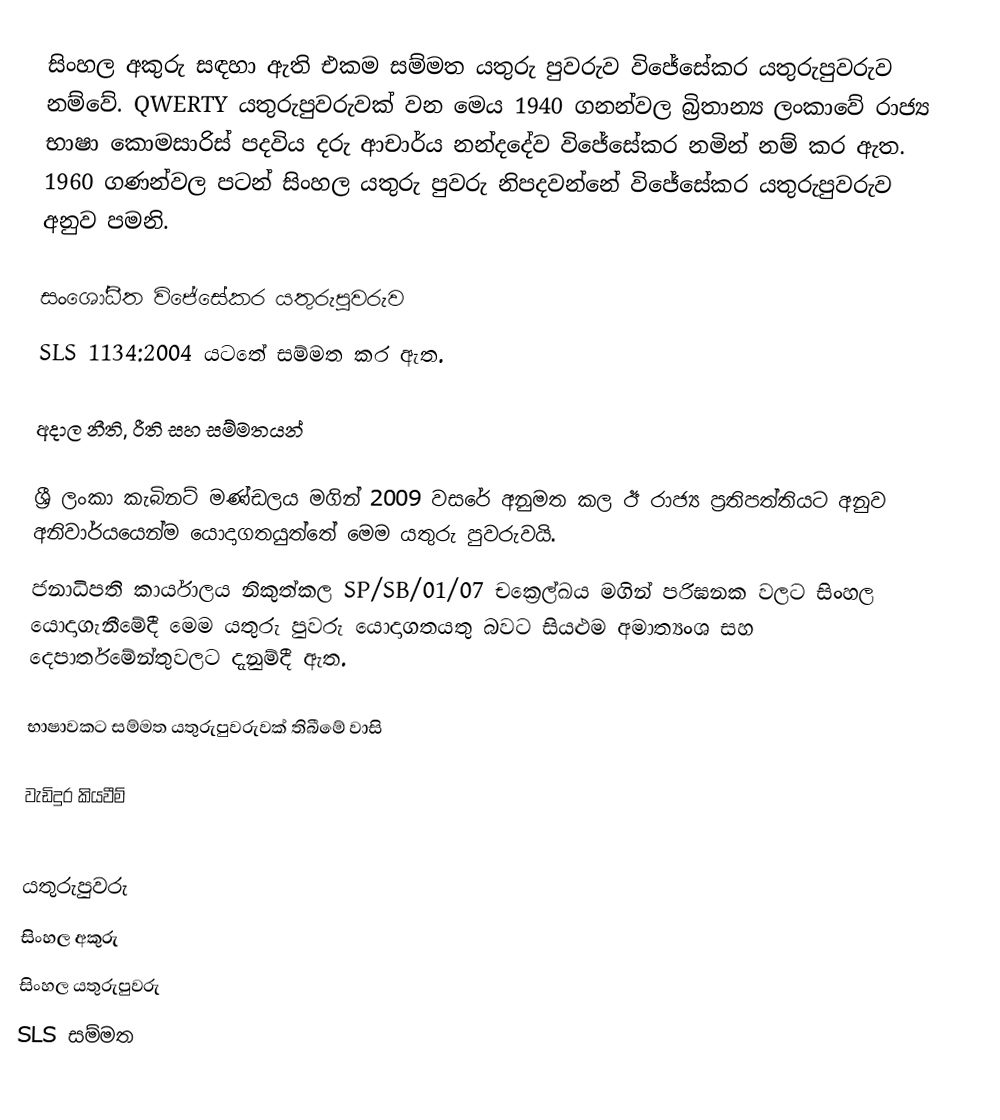
සිංහල අකුරු සඳහා ඇති එකම සම්මත යතුරු පුවරුව විජේසේකර යතුරුපුවරුව නම්වේ. QWERTY යතුරුපුවරුවක් වන මෙය 1940 ගනන්වල බ්‍රිතාන්‍ය ලංකාවේ රාජ්‍ය භාෂා කොමසාරිස් පදවිය දරු ආචාර්ය නන්දදේව විජේසේකර නමින් නම් කර ඇත. 1960 ගණන්වල පටන් සිංහල යතුරු පුවරු නිපදවන්නේ විජේසේකර යතුරුපුවරුව අනුව පමනි.

සංශෝධීත විජේසේකර යතුරුපුවරුව
 SLS 1134:2004 යටතේ සම්මත කර ඇත.

අදාල නීති, රීති සහ සම්මතයන්

 ශ්‍රී ලංකා කැබිනට් මණ්ඩලය මගින් 2009 වසරේ අනුමත කල ඊ රාජ්‍ය ප්‍රතිපත්තියට අනුව අනිවාර්යයෙන්ම යොදාගතයුත්තේ මෙම යතුරු පුවරුවයි.
 ජනාධිපති කාර්යාලය නිකුත්කල SP/SB/01/07 චක්‍රෙල්ඛය මගින් පරිඝනක වලට සිංහල යොදාගැනීමේදී මෙම යතුරු පුවරු යොදාගතයතු බවට සියළුම අමාත්‍යංශ සහ දෙපාර්තමේන්තුවලට දැනුම්දී ඇත.

භාෂාවකට සම්මත යතුරුපුවරුවක් තිබීමේ වාසි

වැඩිදුර කියවීම්

යතුරුපුවරු
සිංහල අකුරු
සිංහල යතුරුපුවරු
SLS සම්මත